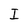
Character: I